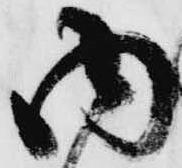
内